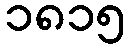
၁၈၁၅